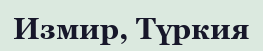
Измир, Түркия